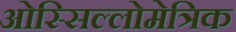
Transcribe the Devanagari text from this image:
ओस्सिल्लोमेत्रिक